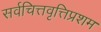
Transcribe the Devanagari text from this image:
सर्वचित्तवृत्तिप्रशम